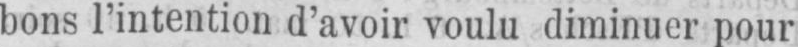
bons l’intention d’avoir voulu diminuer pour